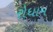
રોધામ